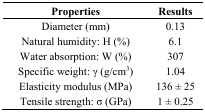
<table><thead><tr><td><b>Properties</b></td><td><b>Results</b></td></tr></thead><tbody><tr><td>Diameter (mm)</td><td>0.13</td></tr><tr><td>Natural humidity: H (%)</td><td>6.1</td></tr><tr><td>Water absorption: W (%)</td><td>307</td></tr><tr><td>Specific weight: γ (g/cm<sup>3</sup>)</td><td>1.04</td></tr><tr><td>Elasticity modulus (MPa)</td><td>136 ± 25</td></tr><tr><td>Tensile strength: σ (GPa)</td><td>1 ± 0.25</td></tr></tbody></table>